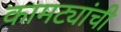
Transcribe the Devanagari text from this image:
कामट्यांची